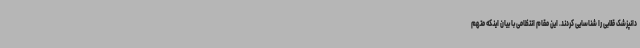
دانپزشک قلابی را شناسایی کردند. این مقام انتظامی با بیان اینکه متهم